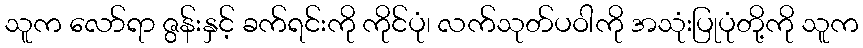
သူက လော်ရာ ဇွန်းနှင့် ခက်ရင်းကို ကိုင်ပုံ၊ လက်သုတ်ပဝါကို အသုံးပြုပုံတို့ကို သူက